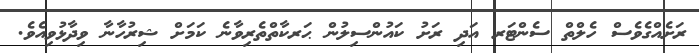
ރަށެއްގެވެސް ހެލްތް ސެންޓަރ އަދި ރަށު ކައުންސިލުން ޙަރކާތްތެރިވާނެ ކަމަށް ޝިރުހާނާ ވިދާޅުވިއެވެ.